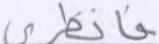
فانظري